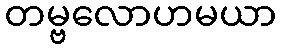
တမ္ဗလောဟမယာ